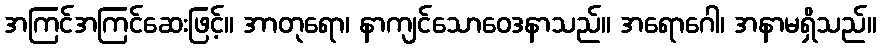
အကြင်အကြင်ဆေးဖြင့်။ အာတုရော၊ နာကျင်သောဝေဒနာသည်။ အရောဂေါ၊ အနာမရှိသည်။